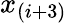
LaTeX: x_{(i+3)}